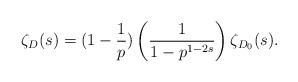
LaTeX: \begin{align*}\zeta_D(s)=(1-\frac 1p)\left(\frac1{1-p^{1-2s}}\right) \zeta_{D_0}(s).\end{align*}